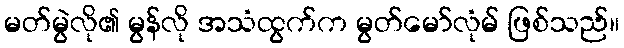
မတ်မွဲလို၏ မွန်လို အသံထွက်က မွတ်မော်လုံမ် ဖြစ်သည်။